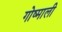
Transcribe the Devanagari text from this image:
गोष्माली